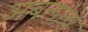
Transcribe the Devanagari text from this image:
अबलांचे